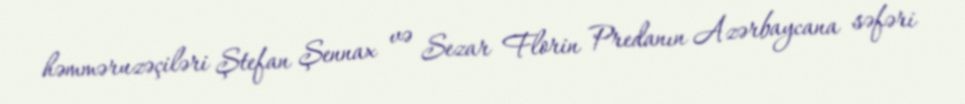
həmməruzəçiləri Ştefan Şennax və Sezar Florin Predanın Azərbaycana səfəri